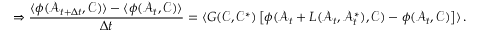
\Rightarrow \frac { \langle \phi ( \mathcal { A } _ { t + \Delta t } , \mathcal { C } ) \rangle - \langle \phi ( \mathcal { A } _ { t } , \mathcal { C } ) \rangle } { \Delta t } = \langle G ( \mathcal { C } , \mathcal { C } ^ { * } ) \left[ \phi ( \mathcal { A } _ { t } + L ( \mathcal { A } _ { t } , \mathcal { A } _ { t } ^ { * } ) , \mathcal { C } ) - \phi ( \mathcal { A } _ { t } , \mathcal { C } ) \right] \rangle \, .